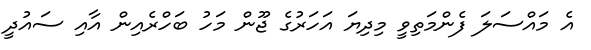
އެ މައްސަލަ ފެންމަތިވީ މިދިޔަ އަހަރުގެ ޖޫން މަހު ބަހްރެއިން އާއި ސައުދީ